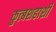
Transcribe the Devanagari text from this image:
कुत्बशहाशी